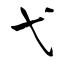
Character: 弋